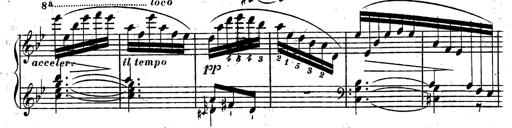
Title: Rondeau fantastique sur un thÃ¨me espagnol
Composer: Franz Liszt